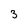
Character: 3